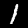
Digit: 1